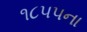
૧૮૫૫ના